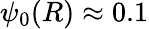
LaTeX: \psi_{0}(R)\approx 0.1